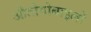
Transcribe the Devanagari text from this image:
औतोमोबाइलों